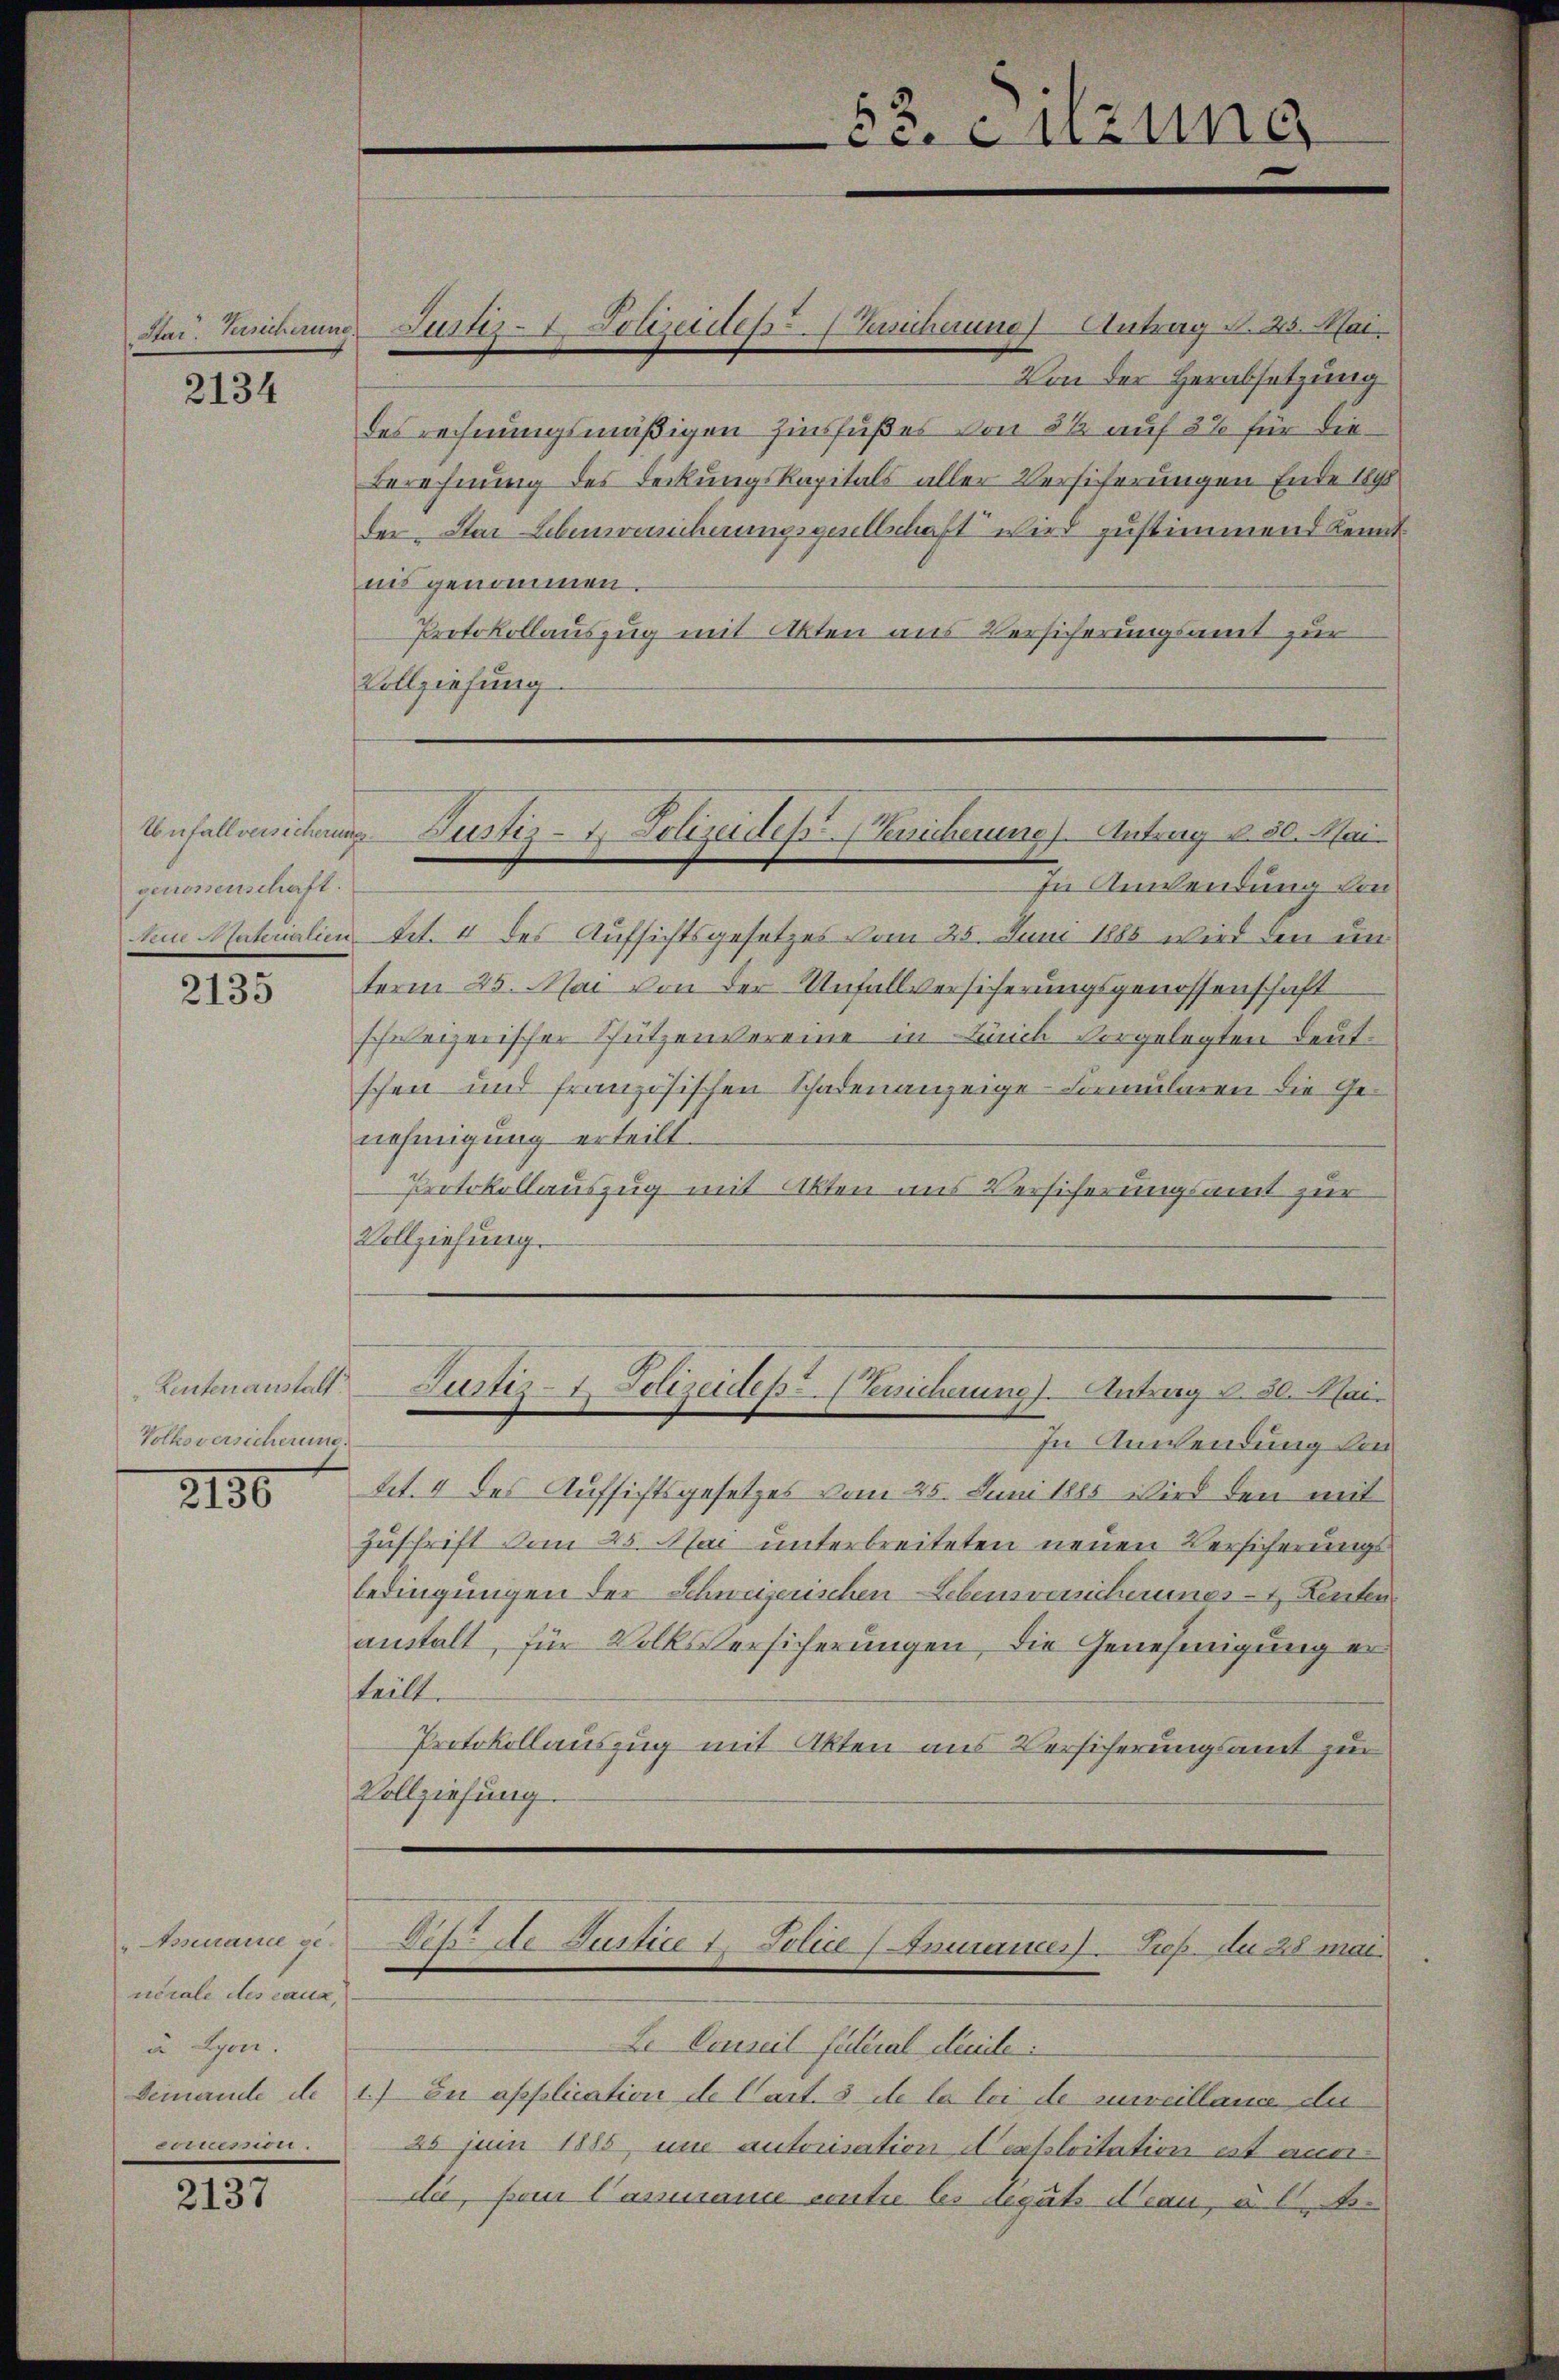
Stat. Versicherung.

2134

genossenschaft.

2135

Leutenanstalt
Volkoversicherung.

2130

Assauce genérale des eaux,
u Lyon.
ecuesion.

2137

Von der Herabsetzung
des rechnungsmäßigen Zinsfußes von 3 ½ auf 2% für die
Berechnung des Deckungskapitals aller Versicherungen Ende 1890
der Star Lebenreicherungsgesellschaft wird zustimmend kennt
nis genommen.
Protokollauszug mit Akten aus Versicherungsamt zur
Vollziehung

Justiz- & Polizeides Buchannes Antrag N. 25. Mai,

53. enzung

In Anwendung von
Sein Materialien, Art. 4 des Aufsichtsgesetzes vom 25. Juni 1885 wird den un
term 25. Mai von der Unfallversicherungsgenossenschaft
schweizerischer Schützenvereine in Buch vorgelegten Deutschen und französischen Schadenanzeige Formularen die Genehmigung erteilt.
Protokollauszug mit Akten ans Versicherungsamt zur
Vollziehung.

Anfallversichen Justiz- & Polizeides encherung. Antrag d. 30. Mai.

In Anwendung von
tet. 4 des Aufsichtsgesetzes vom 25. Juni 1885 wird den mit
Zuschrift vom 25. Mai unterbreiteten neuen Versicherungsbedingungen der Schweizerischen Lebensversicherungs- & Kenten
anstalt, für Volksversicherungen, die Genehmigung er
teilt.
Protokollauszug mit Akten aus Versicherungsamt zur
Vollziehung.
Debde Justice 1. Police Armauer. Prep. du 28 mai
Le Conseil fulrial dereite:
Demande de c.) zu application de Cart. 3 de la loi de surveillance der
26 Juin 1885, um autorisation Neaploitation ist ausda, frei Casans contie les deguts Frau, a. b. N.

Justiz-Polizeites Bericherung Antrag d. 30. Mai.